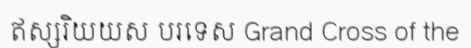
ឥស្សរិយយស បរទេស Grand Cross of the